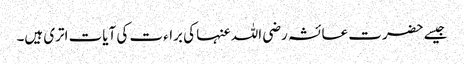
جیسے حضرت عائشہ رضی اللہ عنہا کی براءت کی آیات اتری ہیں۔